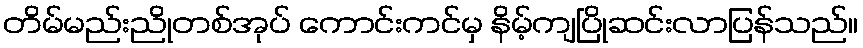
တိမ်မည်းညိုတစ်အုပ် ကောင်းကင်မှ နိမ့်ကျပြိုဆင်းလာပြန်သည်။